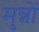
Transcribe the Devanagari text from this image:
मुन्नों